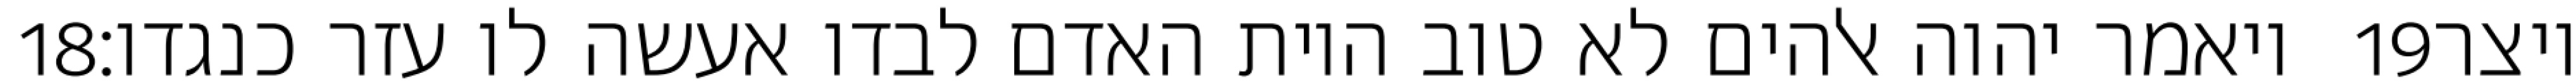
‎18‏ ויאמר יהוה אלהים לא טוב היות האדם לבדו אעשה לו עזר כנגדו׃ ‎19‏ ויצר